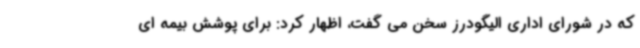
که در شورای اداری الیگودرز سخن می گفت، اظهار کرد: برای پوشش بیمه ای